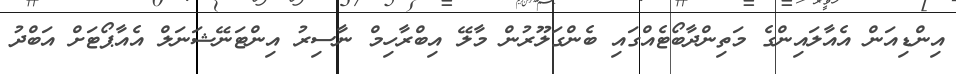
އިންޑިއަން އެއާލައިންގެ މަތިންދާބޯޓެއްގައި ބެންގަލޫރުން މާލޭ އިބްރާހިމް ނާސިރު އިންޓަނޭޝަނަލް އެއާޕޯޓަށް އަބްދު